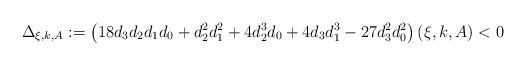
\begin{align*}\Delta_{\xi,k,A}:=\left(18d_3d_2d_1d_0+d_2^2d_1^2+4d_2^3d_0+4d_3d_1^3-27d_3^2d_0^2\right)(\xi,k,A)<0\end{align*}